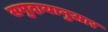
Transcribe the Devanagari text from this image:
समुदायानुसार